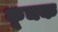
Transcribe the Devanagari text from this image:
कूचक